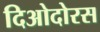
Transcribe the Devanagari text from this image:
दिओदोरस